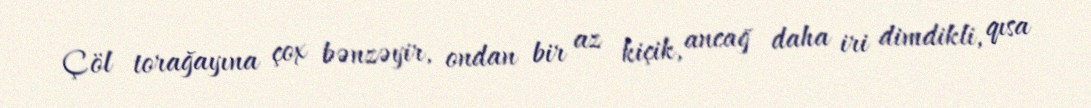
Çöl torağayına çox bənzəyir, ondan bir az kiçik, ancağ daha iri dimdikli, qısa